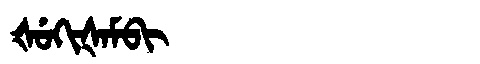
Manchu: ᡧᡠᡴᡳᡧᠠᠮᠪᡳ
Romanization: ŠUKIŠAMBI